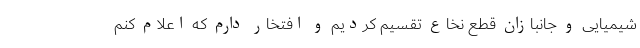
شیمیایی و جانبازان قطع نخاع تقسیم کردیم و افتخار دارم که اعلام کنم